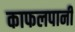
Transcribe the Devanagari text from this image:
काफलपानी